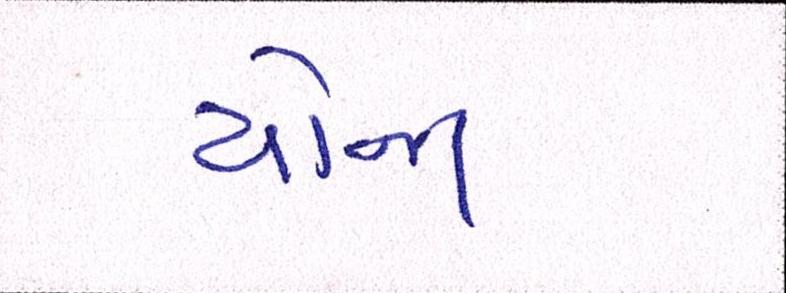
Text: યોજા